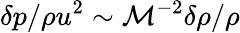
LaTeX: \delta p/\rho u^{2}\sim\mathcal{M}^{-2}\delta\rho/\rho